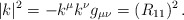
\begin{align*}|k|^2 = - k^\mu k^\nu g_{\mu\nu} = (R_{11})^2\, .\end{align*}